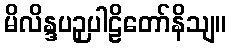
မိလိန္ဒပဉှပါဠိတော်နိသျ။